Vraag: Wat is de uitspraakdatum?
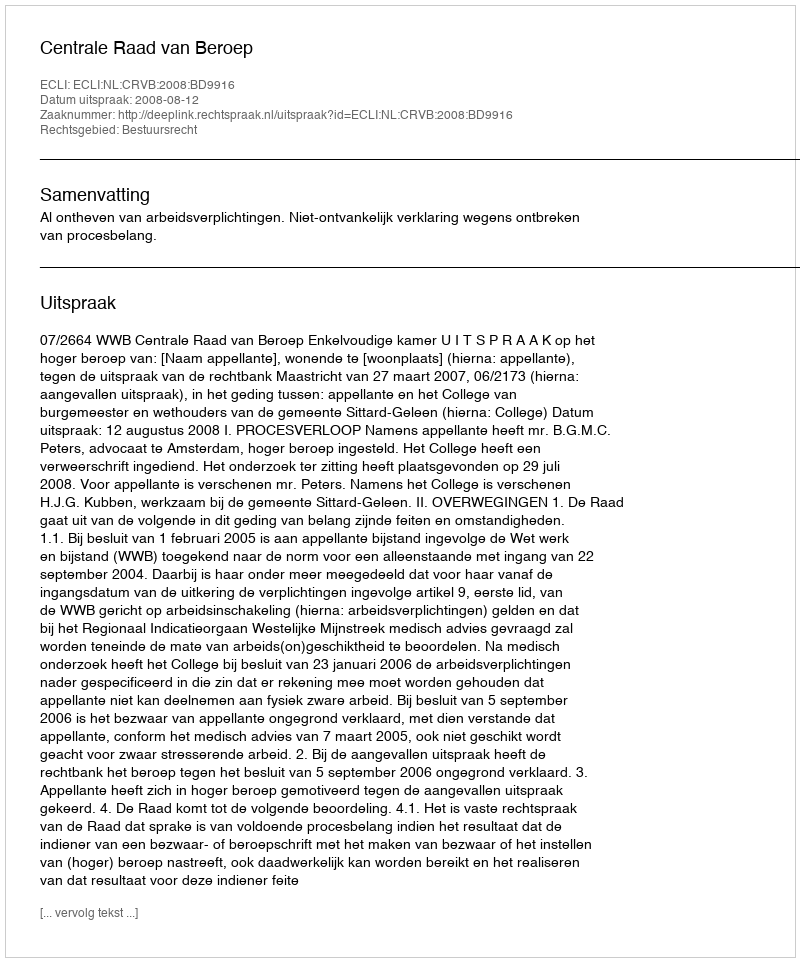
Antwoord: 2008-08-12